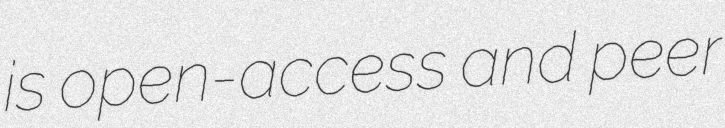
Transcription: is open-access and peer